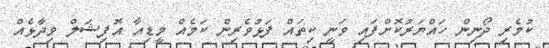
ކުމެރި ދޯނިން ހައްޔަރުކޮށްފައި ވަނީ ކިތައް ފަޅުވެރިން ކަމެއް މީޑިއާ އޮފިޝަލް ވިދާޅެއް